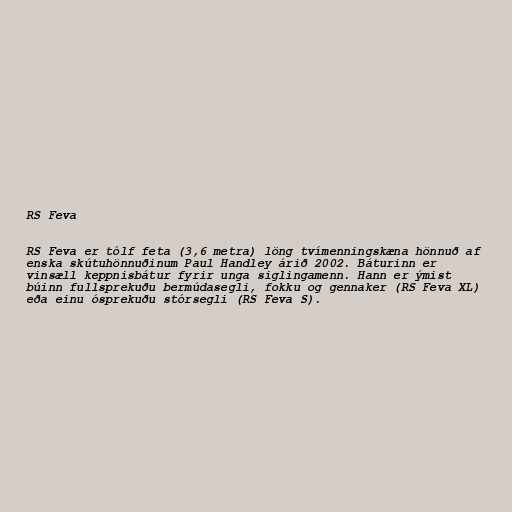
RS Feva

RS Feva er tólf feta (3,6 metra) löng tvímenningskæna hönnuð af
enska skútuhönnuðinum Paul Handley árið 2002. Báturinn er
vinsæll keppnisbátur fyrir unga siglingamenn. Hann er ýmist
búinn fullsprekuðu bermúdasegli, fokku og gennaker (RS Feva XL)
eða einu ósprekuðu stórsegli (RS Feva S).